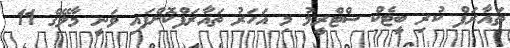
ތައާރަފް ކުރި ބީޓެކް ސްޓްރީމު މި އަހަރު ތައާރަފްކޮށްފައި ވަނީ މާލޭގެ 11